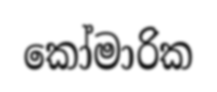
කෝමාරික